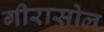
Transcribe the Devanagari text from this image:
गीरासोल